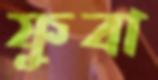
ফুবা